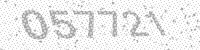
Solution: 057721